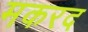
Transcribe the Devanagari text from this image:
मकरद